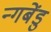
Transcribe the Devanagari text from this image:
न्गबेंडु